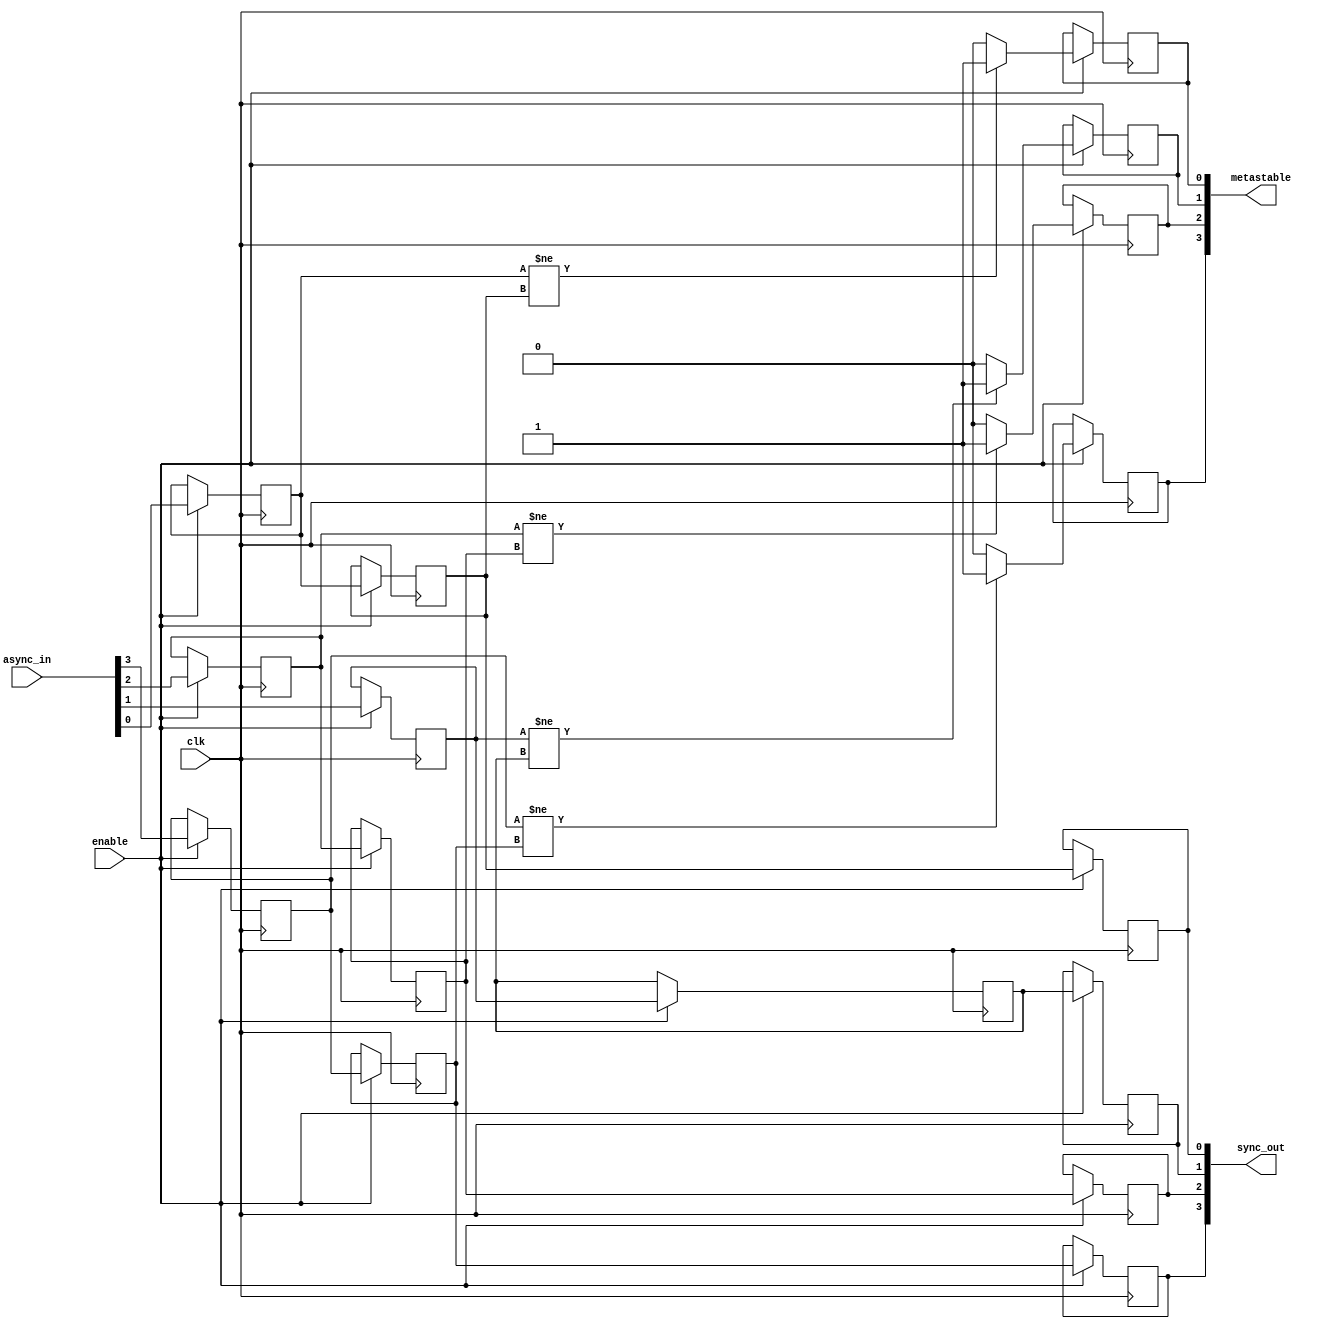
module async_to_sync_converter #(
    parameter NUM_CHANNELS = 4  // Number of asynchronous input channels
)(
    input  wire clk,                      // Synchronous clock input
    input  wire [NUM_CHANNELS-1:0] async_in,  // Asynchronous input signals
    input  wire enable,                   // Enable signal for synchronization
    output reg  [NUM_CHANNELS-1:0] sync_out, // Synchronized output signals
    output reg  [NUM_CHANNELS-1:0] metastable // Metastability indicators
);

    // Dual-flop synchronizer for each input channel
    genvar i;
    generate
        for (i = 0; i < NUM_CHANNELS; i = i + 1) begin: sync_gen
            reg async_flop1;
            reg async_flop2;

            // First flip-flop to sample the asynchronous signal
            always @(posedge clk) begin
                if (enable) begin
                    async_flop1 <= async_in[i];
                end
            end

            // Second flip-flop to stabilize the signal
            always @(posedge clk) begin
                if (enable) begin
                    async_flop2 <= async_flop1;
                    // Metastability detection logic
                    if (async_flop1 != async_flop2)
                        metastable[i] <= 1'b1; // Metastable state detected
                    else
                        metastable[i] <= 1'b0; // No metastable state
                end
            end

            // Assign stable output
            always @(posedge clk) begin
                if (enable) begin
                    sync_out[i] <= async_flop2;
                end
            end
        end
    endgenerate

endmodule